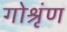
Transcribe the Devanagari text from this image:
गोश्रृंण